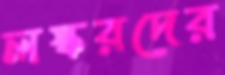
লস্করদের